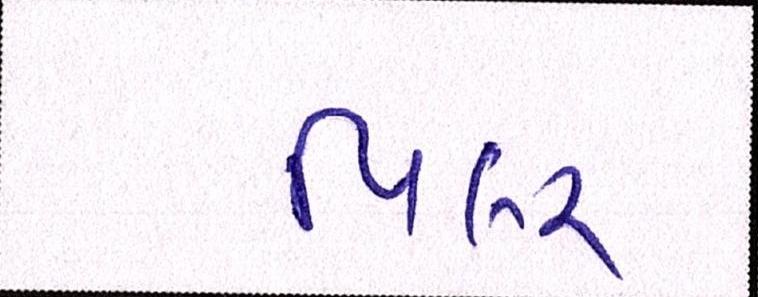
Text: પિલર